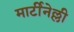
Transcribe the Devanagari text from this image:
मार्टीनेल्ली